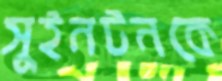
সুইনটনকে